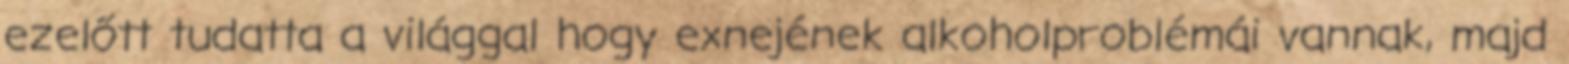
ezelőtt tudatta a világgal hogy exnejének alkoholproblémái vannak, majd